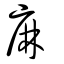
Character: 麻